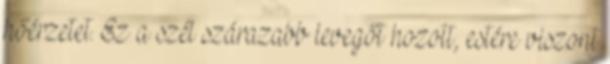
hőérzetet. Ez a szél szárazabb levegőt hozott, estére viszont